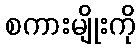
စကားမျိုးကို